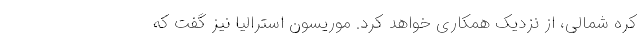
کره شمالی، از نزدیک همکاری خواهد کرد. موریسون استرالیا نیز گفت که